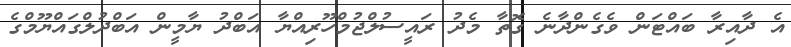
އެ ދާއިރާ ބައްޓަން ވެގެންދާނެ ގޮތާ މެދު ރައީސުލްޖުމްހޫރިއްޔާ އަބްދު ޔާމީން އަބްދުލްގައްޔޫމްގެ